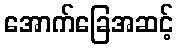
အောက်ခြေအဆင့်